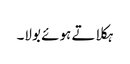
ہکلاتے ہوئے بولا۔